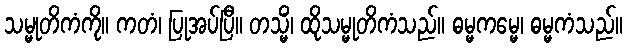
သမ္မုတိကံကို။ ကတံ၊ ပြုအပ်ပြီ။ တသ္မိံ၊ ထိုသမ္မုတိကံသည်။ ဓမ္မကမ္မေ၊ ဓမ္မကံသည်။